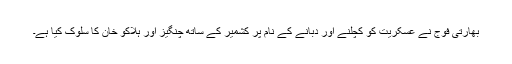
بھارتی فوج نے عسکریت کو کچلنے اور دبانے کے نام پر کشمیر کے ساتھ چنگیز اور ہلاکو خان کا سلوک کیا ہے۔